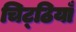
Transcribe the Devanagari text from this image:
चिट्‌ठियाँ